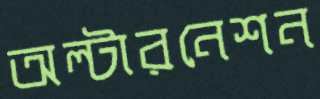
অল্টারনেশন